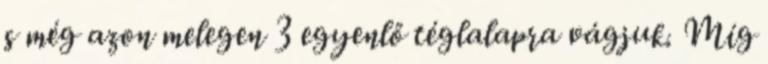
s még azon melegen 3 egyenlő téglalapra vágjuk. Míg